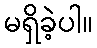
မရှိခဲ့ပါ။